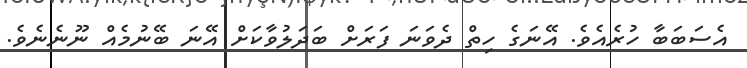
އެސަބަބާ ހުރެއެވެ. އޭނަގެ ހިތް ދެވަނަ ފަރަށް ބަދަލުވާކަށް އޭނަ ބޭނުމެއް ނޫނެނެވެ.